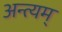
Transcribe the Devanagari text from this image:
अन्त्यम्